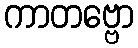
ကာတဗ္ဗော